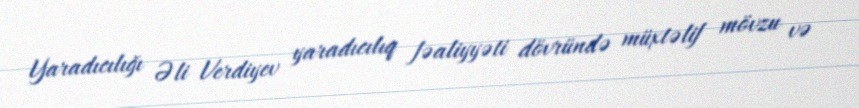
Yaradıcılığı Əli Verdiyev yaradıcılıq fəaliyyəti dövründə müxtəlif mövzu və